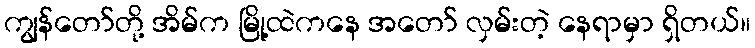
ကျွန်တော်တို့ အိမ်က မြို့ထဲကနေ အတော် လှမ်းတဲ့ နေရာမှာ ရှိတယ်။